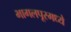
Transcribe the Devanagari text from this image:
भागलपूरमध्ये